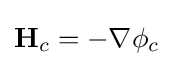
{\textbf {H}}_{c}=-\nabla \phi _{c}